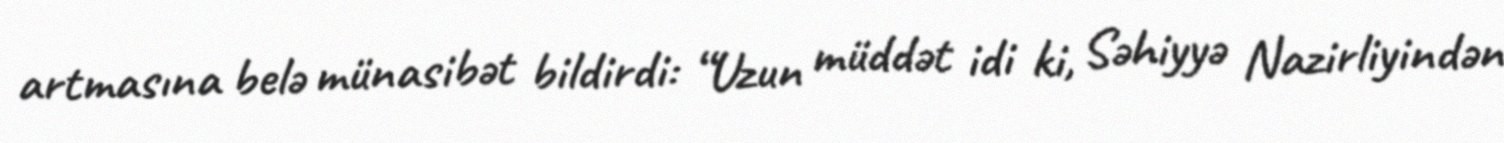
artmasına belə münasibət bildirdi: “Uzun müddət idi ki, Səhiyyə Nazirliyindən